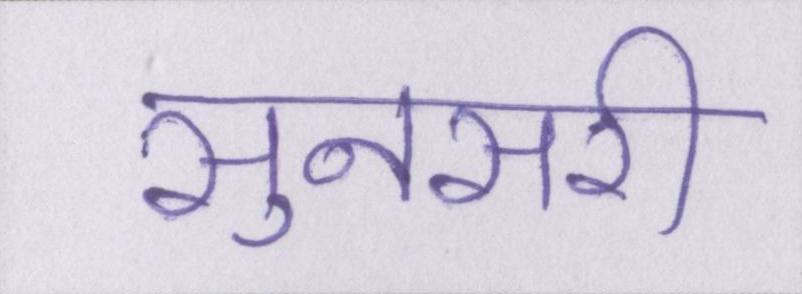
सुनसरी